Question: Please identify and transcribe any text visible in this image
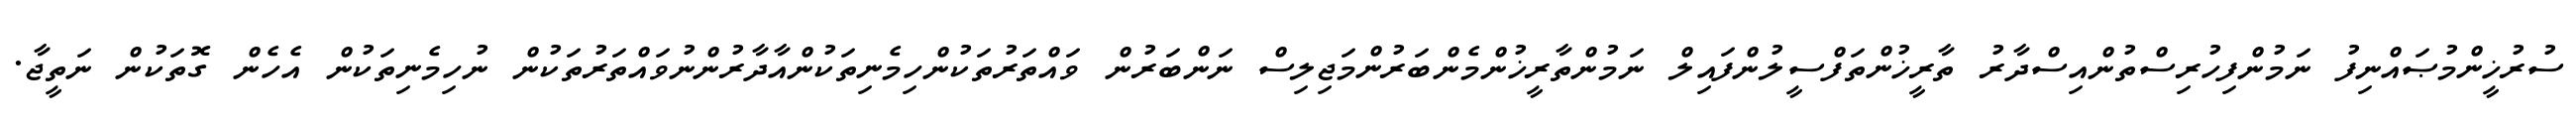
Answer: ސުރުޚީންމުޞައްނިފު ނަމުންފިހުރިސްތުންއިސްދާރު ތާރީޚުންތަފްސީލުންފައިލް ނަމުންތާރީޚުންމެންބަރުންމަޖިލިސް ނަންބަރުން ވައްތަރުތަކުންހިމެނިތަކުންއާދާރުންނުވައްތަރުތަކުން ނުހިމެނިތަކުން އެހެން ގޮތަކުން ނަތީޖާ.